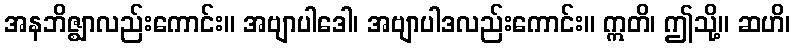
အနဘိဇ္ဈာလည်းကောင်း။ အဗျာပါဒေါ၊ အဗျာပါဒလည်းကောင်း။ ဣတိ၊ ဤသို့။ ဆဟိ၊